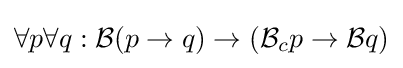
\forall p\forall q:{\mathcal {B}}(p\to q)\to ({\mathcal {B}}_{c}p\to {\mathcal {B}}q)